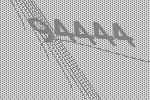
94444